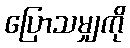
ပြောသမျှကို